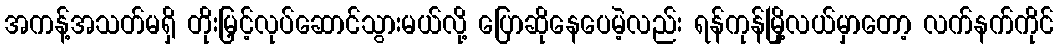
အကန့်အသတ်မရှိ တိုးမြှင့်လုပ်ဆောင်သွားမယ်လို့ ပြောဆိုနေပေမဲ့လည်း ရန်ကုန်မြို့လယ်မှာတော့ လက်နက်ကိုင်